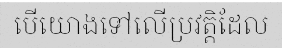
បើយោងទៅលើប្រវត្តិដែល